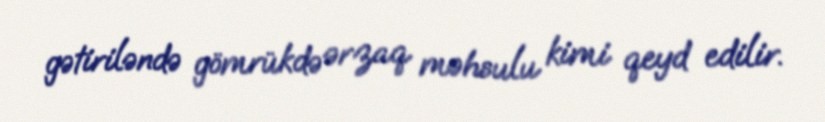
gətiriləndə gömrükdə ərzaq məhsulu kimi qeyd edilir.